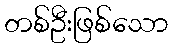
တစ်ဦးဖြစ်သော